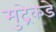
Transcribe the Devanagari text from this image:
मुद्रेकडे